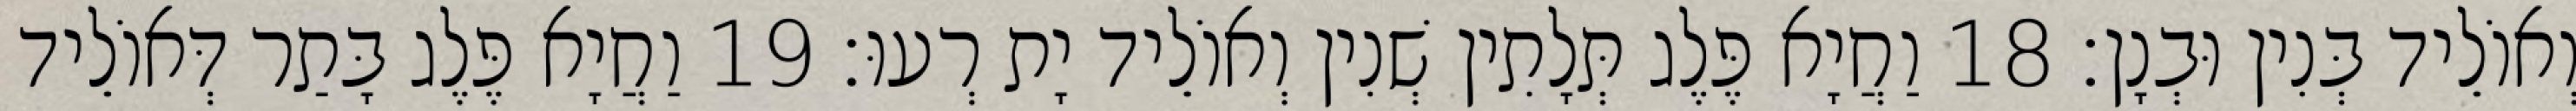
וְאוֹלֵיד בְּנִין וּבְנָן׃ 18 וַחֲיָא פֶּלֶג תְּלָתִין שְׁנִין וְאוֹלֵיד יָת רְעוּ׃ 19 וַחֲיָא פֶּלֶג בָּתַר דְּאוֹלֵיד